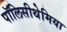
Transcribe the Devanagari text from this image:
पॉलिसीथेमिया